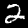
Label: 2